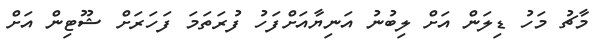
މާޗު މަހު ޑިލަން އަށް ލިބުނު އަނިޔާއަށްފަހު ފުރަތަމަ ފަހަރަށް ޝޫޓިން އަށް